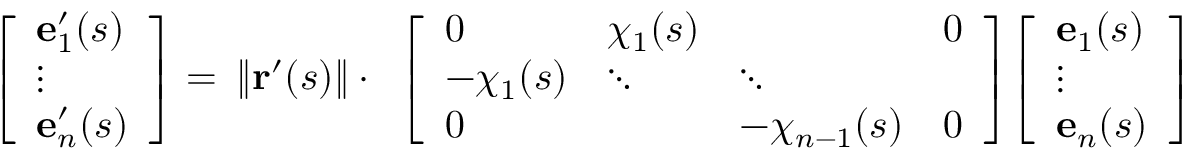
{ \begin{array} { r } { { \left[ \begin{array} { l } { \mathbf { e } _ { 1 } ^ { \prime } ( s ) } \\ { \vdots } \\ { \mathbf { e } _ { n } ^ { \prime } ( s ) } \end{array} \right] } = } \end{array} } \| \mathbf { r } ^ { \prime } ( s ) \| \cdot { \begin{array} { r } { { \left[ \begin{array} { l l l l } { 0 } & { \chi _ { 1 } ( s ) } & { } & { 0 } \\ { - \chi _ { 1 } ( s ) } & { \ddots } & { \ddots } & { } \\ { 0 } & { } & { - \chi _ { n - 1 } ( s ) } & { 0 } \end{array} \right] } { \left[ \begin{array} { l } { \mathbf { e } _ { 1 } ( s ) } \\ { \vdots } \\ { \mathbf { e } _ { n } ( s ) } \end{array} \right] } } \end{array} }